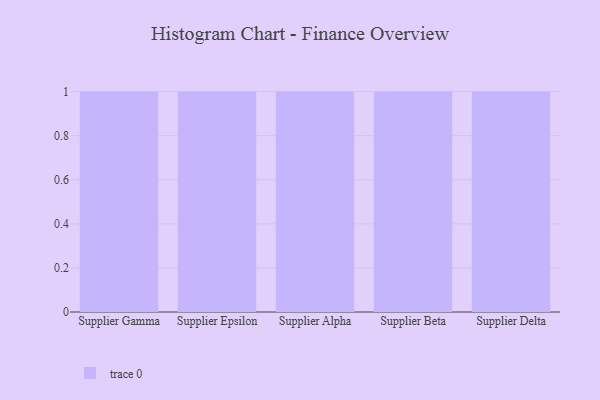
{"axis": {"x": "Supplier", "y": "Budget (USD K)"}, "legend": [""], "data": [{"x": "Supplier Gamma", "y": 77, "type": ""}, {"x": "Supplier Epsilon", "y": 94, "type": ""}, {"x": "Supplier Alpha", "y": 32, "type": ""}, {"x": "Supplier Beta", "y": 92, "type": ""}, {"x": "Supplier Delta", "y": 35, "type": ""}]}